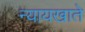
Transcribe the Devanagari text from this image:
न्यायखाते